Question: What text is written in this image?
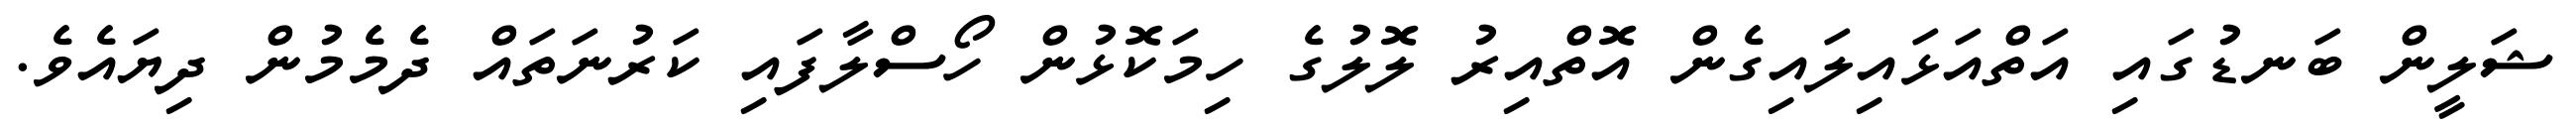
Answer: ޝަލީން ބަނޑުގައި އަތްއަޅައިލައިގެން އޮތްއިރު ލޮލުގެ ހިމަކޮޅުން ހޯސްލާފައި ކަރުނަތައް ދެމެމުން ދިޔައެވެ.